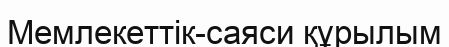
Мемлекеттік-саяси құрылым